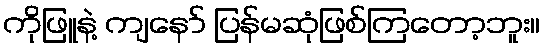
ကိုဖြူနဲ့ ကျနော် ပြန်မဆုံဖြစ်ကြတော့ဘူး။